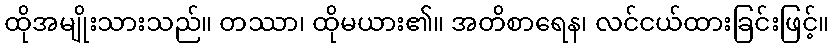
ထိုအမျိုးသားသည်။ တဿာ၊ ထိုမယား၏။ အတိစာရေန၊ လင်ငယ်ထားခြင်းဖြင့်။